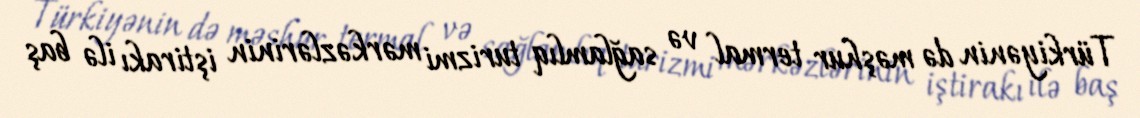
Türkiyənin də məşhur termal və sağlamlıq turizmi mərkəzlərinin iştirakı ilə baş